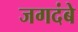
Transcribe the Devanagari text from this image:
जगदंबे